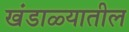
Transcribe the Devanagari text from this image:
खंडाळ्यातील